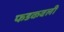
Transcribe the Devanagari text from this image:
फडकवली